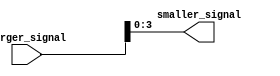
module part_select_assign (
    input [7:0] larger_signal,
    output [3:0] smaller_signal
    );
    
    assign smaller_signal = larger_signal[3:0];
    
endmodule